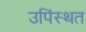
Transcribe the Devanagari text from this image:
उपिंस्थत